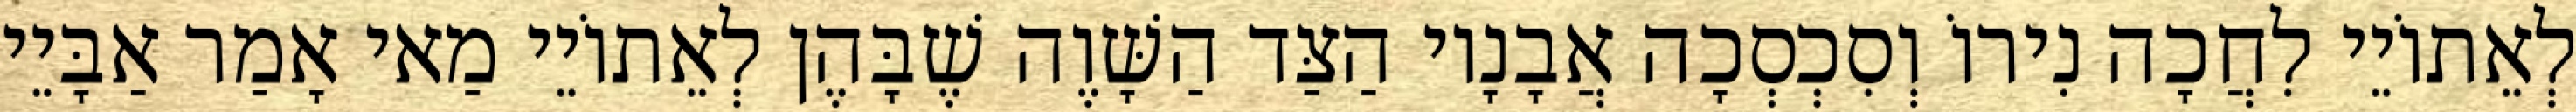
לְאֵתוֹיֵי לִחֲכָה נִירוֹ וְסִכְסְכָה אֲבָנָיו הַצַּד הַשָּׁוֶה שֶׁבָּהֶן לְאֵתוֹיֵי מַאי אָמַר אַבָּיֵי